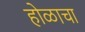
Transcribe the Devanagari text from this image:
होळाचा